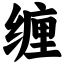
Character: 缠